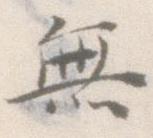
無